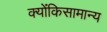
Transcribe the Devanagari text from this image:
क्योंकिसामान्य